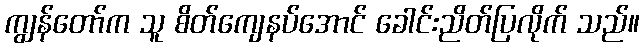
ကျွန်တော်က သူ စိတ်ကျေနပ်အောင် ခေါင်းညိတ်ပြလိုက် သည်။